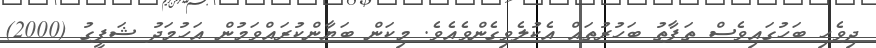
ދިވެހި ބަހުގައިވެސް ތަފާތު ބަހުރުތައް އެކުލެވިގެންވެއެވެ. މިކަން ބަޔާންކުރައްވަމުން އަހުމަދު ޝަފީގު (2000)